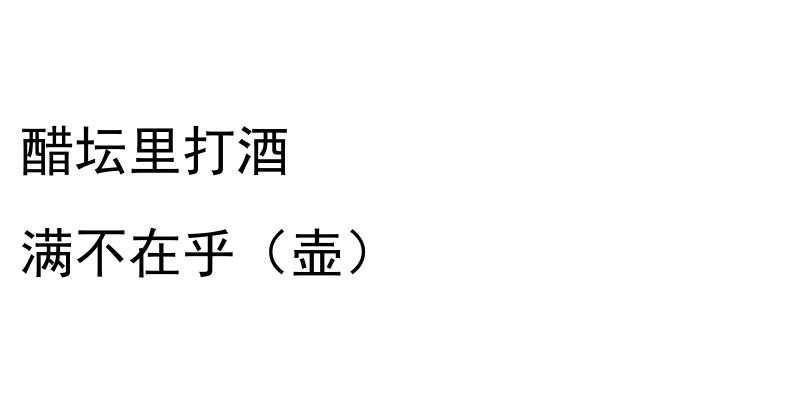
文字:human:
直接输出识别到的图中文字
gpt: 醋坛里打酒 满不在乎（壶）